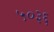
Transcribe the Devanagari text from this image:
५०३६